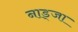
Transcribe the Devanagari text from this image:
नाड्जा